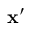
\mathbf { x } ^ { \prime }